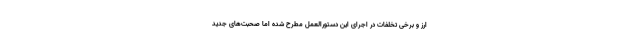
ارز و برخی تخلفات در اجرای این دستورالعمل مطرح شده اما صحبت‌های جدید